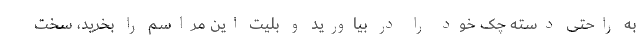
به راحتی دسته چک خود را در بیاورید و بلیت این مراسم را بخرید، سخت